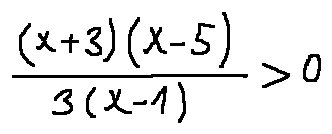
\frac { ( x + 3 ) ( x - 5 ) } { 3 ( x - 1 ) } > 0